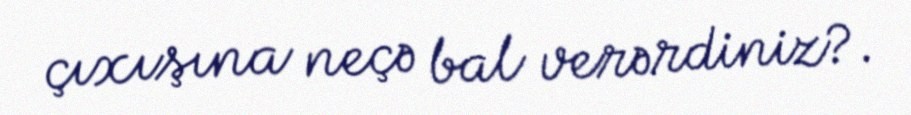
çıxışına neçə bal verərdiniz?.